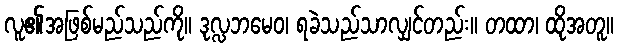
လူ၏အဖြစ်မည်သည်ကို။ ဒုလ္လဘမေဝ၊ ရခဲသည်သာလျှင်တည်း။ တထာ၊ ထိုအတူ။